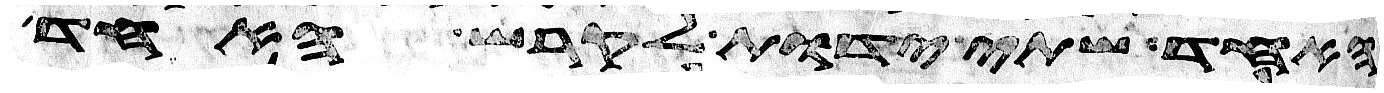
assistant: האחד שתי ידות לקרש האחד